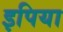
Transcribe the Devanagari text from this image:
इपिया